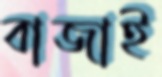
বাজাই